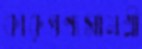
কারুপণ্যসামগ্রী